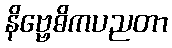
နိဗ္ဗေဓိကပညတာ